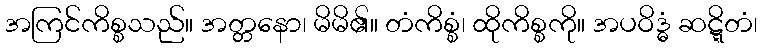
အကြင်ကိစ္စသည်။ အတ္တနော၊ မိမိ၏။ တံကိစ္စံ၊ ထိုကိစ္စကို။ အပဝိဒ္ဓံ ဆဋ္ဋိတံ၊